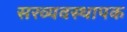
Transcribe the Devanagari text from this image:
सरव्यवस्थापक